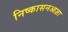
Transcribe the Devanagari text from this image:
निष्कासनआज्ञा